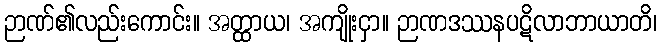
ဉာဏ်၏လည်းကောင်း။ အတ္ထာယ၊ အကျိုးငှာ။ ဉာဏဒဿနပဋိလာဘာယာတိ၊